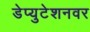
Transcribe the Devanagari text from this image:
डेप्युटेशनवर